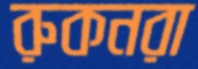
রুকনরা